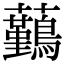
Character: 𧅻